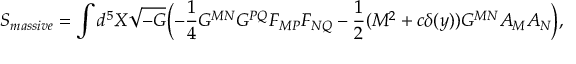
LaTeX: S _ { m a s s i v e } = \int d ^ { 5 } X \sqrt { - G } \biggl ( - \frac { 1 } { 4 } G ^ { M N } G ^ { P Q } F _ { M P } F _ { N Q } - \frac { 1 } { 2 } ( M ^ { 2 } + c \delta ( y ) ) G ^ { M N } A _ { M } A _ { N } \biggr ) ,